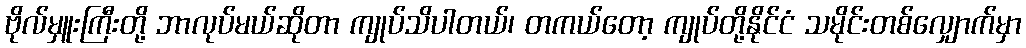
ဗိုလ်မှူးကြီးတို့ ဘာလုပ်မယ်ဆိုတာ ကျုပ်သိပါတယ်၊ တကယ်တော့ ကျုပ်တို့နိုင်ငံ သမိုင်းတစ်လျှောက်မှာ